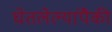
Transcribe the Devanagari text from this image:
घेतलेल्यांपैकी